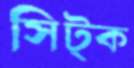
সিট্‌ক